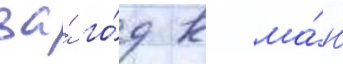
за́ го́д к ма́ю